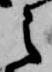
之